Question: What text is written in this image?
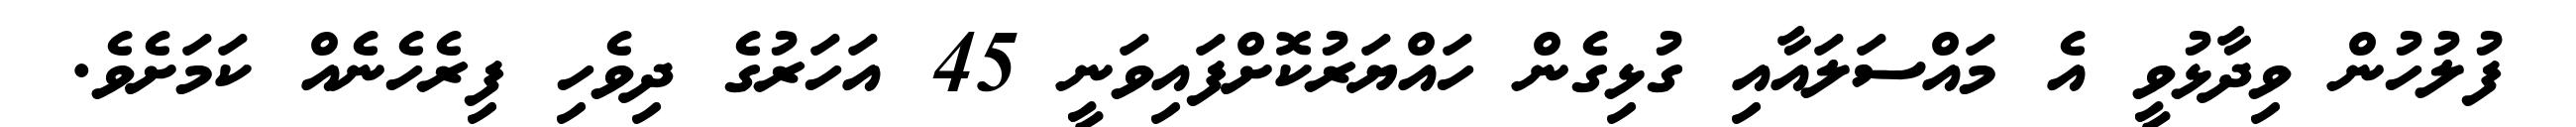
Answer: ފުލުހުން ވިދާޅުވީ އެ މައްސަލައާއި ގުޅިގެން ހައްޔަރުކޮށްފައިވަނީ 45 އަހަރުގެ ދިވެހި ފިރެހެނެއް ކަމަށެވެ.